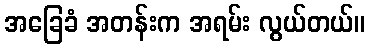
အခြေခံ အတန်းက အရမ်း လွယ်တယ်။